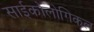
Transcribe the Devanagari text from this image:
साईकोलोगिकल